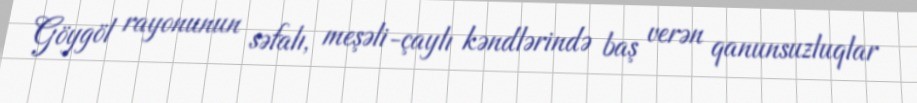
Göygöl rayonunun səfalı, meşəli-çaylı kəndlərində baş verən qanunsuzluqlar